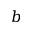
b